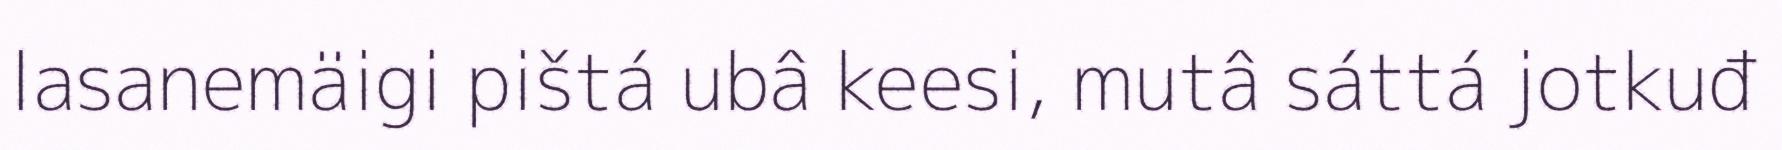
lasanemäigi pištá ubâ keesi, mutâ sáttá jotkuđ